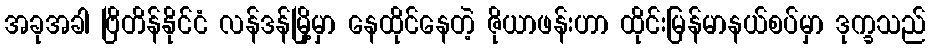
အခုအခါ ဗြိတိန်နိုင်ငံ လန်ဒန်မြို့မှာ နေထိုင်နေတဲ့ ဇိုယာဖန်းဟာ ထိုင်းမြန်မာနယ်စပ်မှာ ဒုက္ခသည်